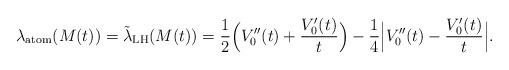
LaTeX: \begin{align*}\lambda_{\rm atom}(M(t))=\tilde{\lambda}_{\rm LH}(M(t))= \frac{1}{2} \Big(V_0''(t) + \frac{V_0'(t)}{t}\Big) - \frac{1}{4} \Big\lvert V_0''(t) - \frac{V_0'(t)}{t}\Big\rvert.\end{align*}